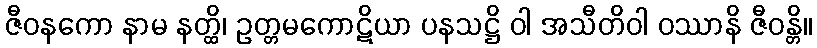
ဇီဝနကော နာမ နတ္ထိ၊ ဥတ္တမကောဋိယာ ပနသဋ္ဌိ ဝါ အသီတိဝါ ဝဿာနိ ဇီဝန္တိ။